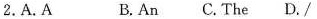
2.A.A B.An C.The D./